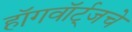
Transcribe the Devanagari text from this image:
हॉगवॉर्ट्‌जचे